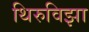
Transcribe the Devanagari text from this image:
थिरुविझा